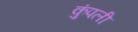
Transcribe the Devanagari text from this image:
कुंपली